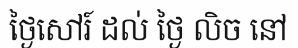
ថ្ងៃសៅរ៍ ដល់ ថ្ងៃ លិច នៅ